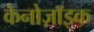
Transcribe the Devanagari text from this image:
केनोज़ॉइक